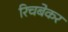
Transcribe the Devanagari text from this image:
रिचबेकर